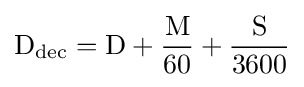
\mathrm {D} _{\text{dec}}=\mathrm {D} +{\frac {\mathrm {M} }{60}}+{\frac {\mathrm {S} }{3600}}